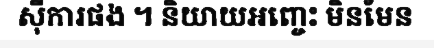
ស៊ីការផង ។ និយាយអញ្ចេះ មិនមែន